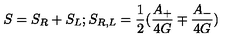
S = S _ { R } + S _ { L } ; S _ { R , L } = { \frac { 1 } { 2 } } ( { \frac { A _ { + } } { 4 G } } \mp { \frac { A _ { - } } { 4 G } } )